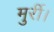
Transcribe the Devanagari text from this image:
मुर्री।